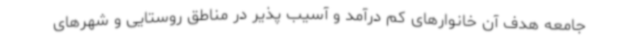
جامعه هدف آن خانوارهای کم درآمد و آسیب پذیر در مناطق روستایی و شهرهای